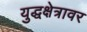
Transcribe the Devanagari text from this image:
युद्धक्षेत्रावर